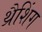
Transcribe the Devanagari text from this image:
थ्रैशिंग